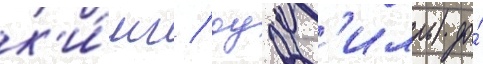
к'и́нг / оукв'илль) до́